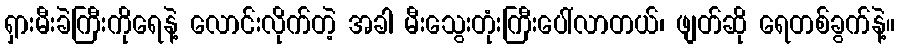
ရှားမီးခဲကြီးကိုရေနဲ့ လောင်းလိုက်တဲ့ အခါ မီးသွေးတုံးကြီးပေါ်လာတယ်၊ ဖျတ်ဆို ရေတစ်ခွက်နဲ့။